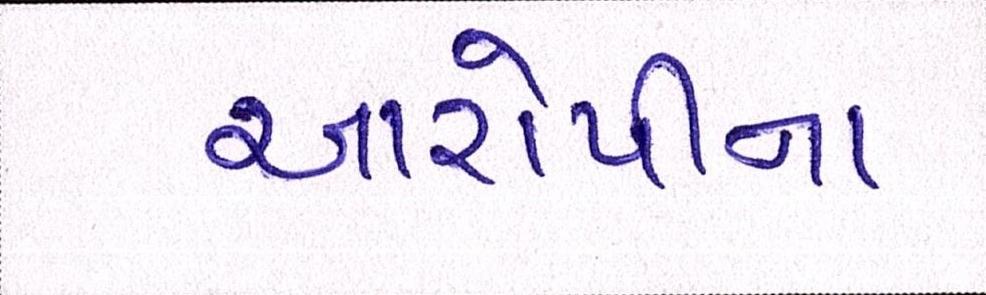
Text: આરોપીના